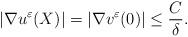
LaTeX: \begin{align*}|\nabla u^{\varepsilon}(X)| = |\nabla v^{\varepsilon}(0)| \le \frac{C}{\delta}.\end{align*}